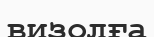
визолға